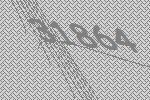
31864